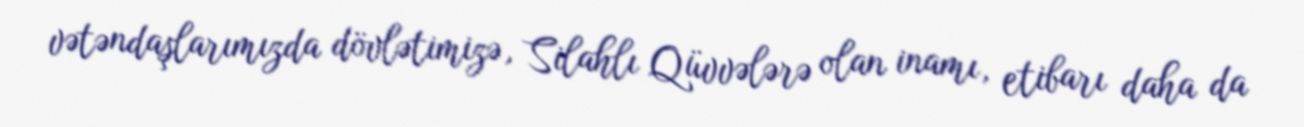
vətəndaşlarımızda dövlətimizə, Silahlı Qüvvələrə olan inamı, etibarı daha da